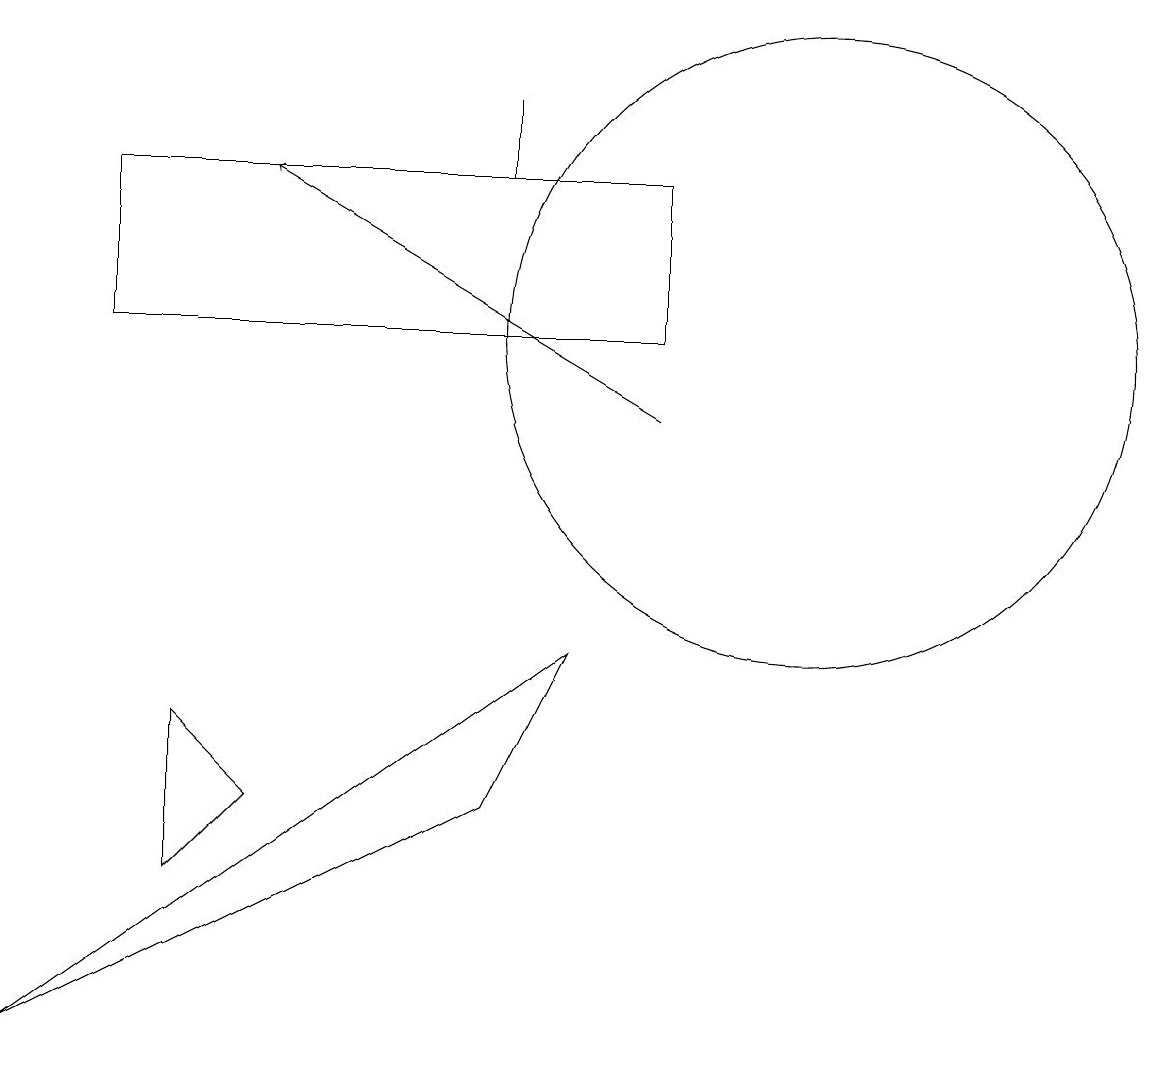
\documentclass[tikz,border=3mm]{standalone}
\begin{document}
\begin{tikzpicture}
\draw (11,11) circle (4);
\draw (7,13) rectangle (7,14);
\draw (2,13) rectangle (9,11);
\draw (4,5) -- (3,4) -- (3,6) -- cycle;
\draw (7,5) -- (1,2) -- (8,7) -- cycle;
\draw[->] (9,10) -- (4,13);
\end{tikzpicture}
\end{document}